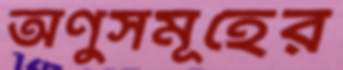
অণুসমূহের